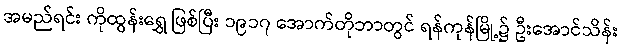
အမည်ရင်း ကိုထွန်းရွှေ ဖြစ်ပြီး ၁၉၁၇ အောက်တိုဘာတွင် ရန်ကုန်မြို့၌ ဦးအောင်သိန်း